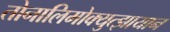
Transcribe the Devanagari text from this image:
तोनालिमोक्युत्झायान